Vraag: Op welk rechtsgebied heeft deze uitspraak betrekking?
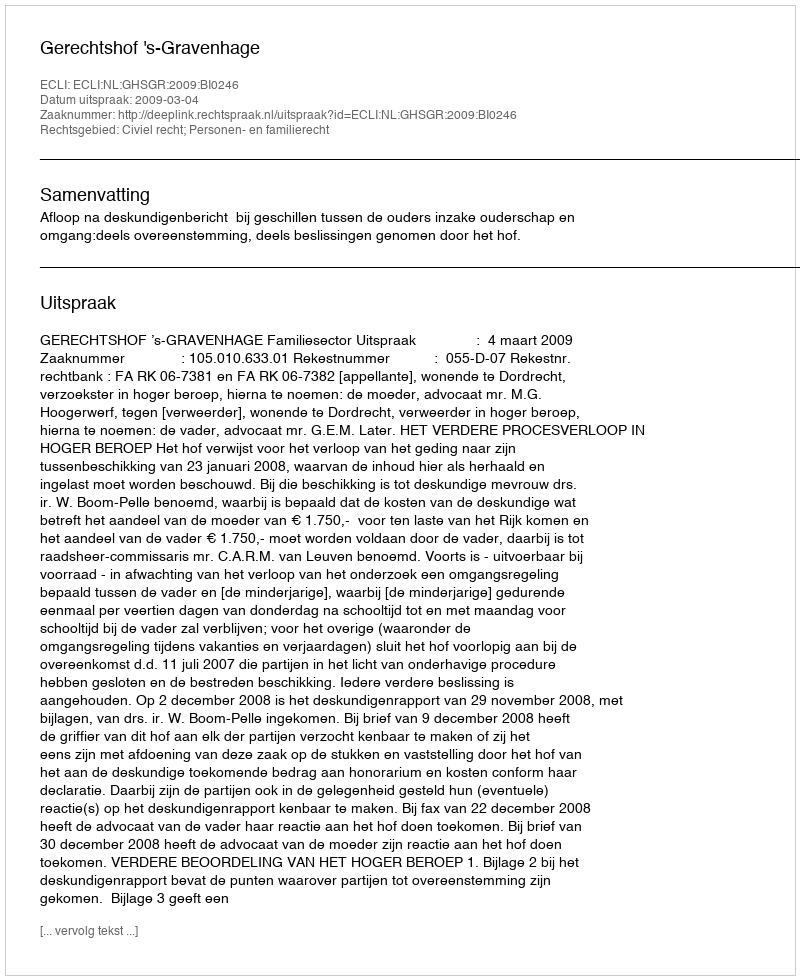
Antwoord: Civiel recht; Personen- en familierecht